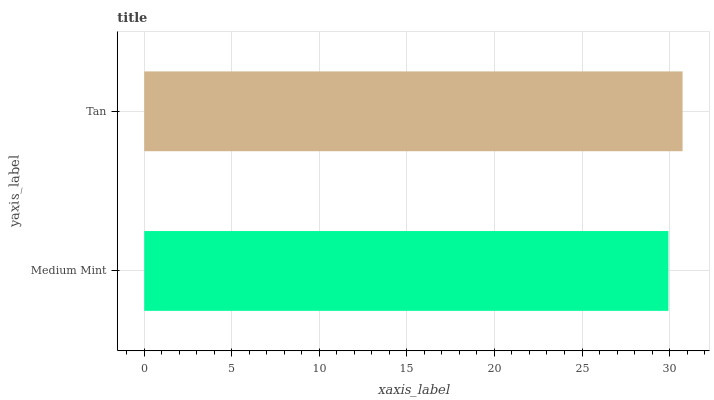
| yaxis_label | bars |
 | --- | --- |
 | Medium Mint | 29.9 |
 | Tan | 30.7 |